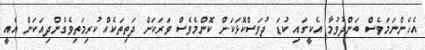
އެހެންނަމަވެސް ބަންދުވުމާ އެކީގައި ކުޑަ ދުވަސްކޮޅަކަށް ކޮންމެވެސް ވަރަކަށް ދަތިތަކެއް ކުރިމަތިވެގެންދިއަކަން އެއީ